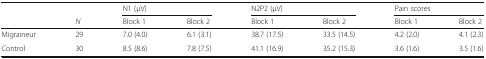
| <ROWSPAN=2>  |  | <COLSPAN=2> N1 (μV) | <COLSPAN=2> N2P2 (μV) | <COLSPAN=2> Pain scores |
 | N | Block 1 | Block 2 | Block 1 | Block 2 | Block 1 | Block 2 |
 | --- | --- | --- | --- | --- | --- | --- | --- |
 | Migraineur | 29 | 7.0 (4.0) | 6.1 (3.1) | 38.7 (17.5) | 33.5 (14.5) | 4.2 (2.0) | 4.1 (2.3) |
 | Control | 30 | 8.5 (8.6) | 7.8 (7.5) | 41.1 (16.9) | 35.2 (15.3) | 3.6 (1.6) | 3.5 (1.6) |